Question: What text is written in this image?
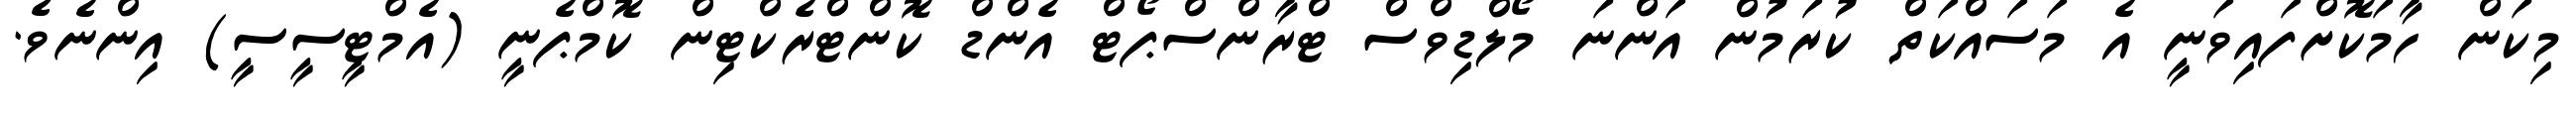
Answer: މިކަން ހާމަކޮށްފައިވަނީ އެ މަސައްކަތް ކުރަމުން އަންނަ މޯލްޑިވްސް ޓްރާންސްޕޯޓް އެންޑް ކޮންޓްރެކްޓިން ކޮމްޕެނީ (އެމްޓީސީސީ) އިންނެވެ.